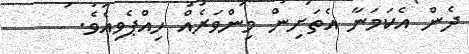
ދެން އެކަމަނާ އެތަށިން މިންވަރެއް ހިއްޕެވިއެވެ.